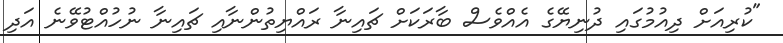
"ކުރިއަށް ދިއުމުގައި ދުނިޔޭގެ އެއްވެސް ބާރަކަށް ޗައިނާ ރައްޔިތުންނާއި ޗައިނާ ނުހުއްޓުވޭނެ އަދި